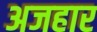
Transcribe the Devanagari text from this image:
अजहार